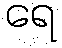
ရေ